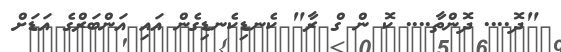
"ދޮ.... ދޮންތާ.... ކޮ ން ގް ރާ" ކެނޑިކެނޑިގެން އައި އަންބަރްގެ އަޑަށް